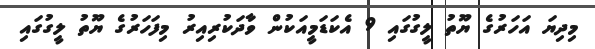
މިދިޔަ އަހަރުގެ ޔޫތު ލީގުގައި 9 އެކަޑަމީއަކުން ވާދަކުރިއިރު މިފަހަރުގެ ޔޫތު ލީގުގައި